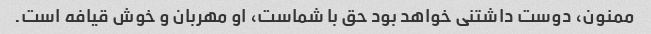
ممنون، دوست داشتنی خواهد بود حق با شماست، او مهربان و خوش قیافه است.